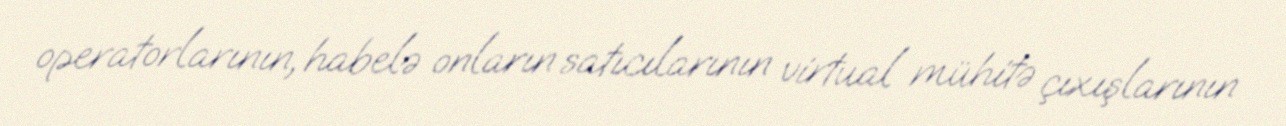
operatorlarının, habelə onların satıcılarının virtual mühitə çıxışlarının